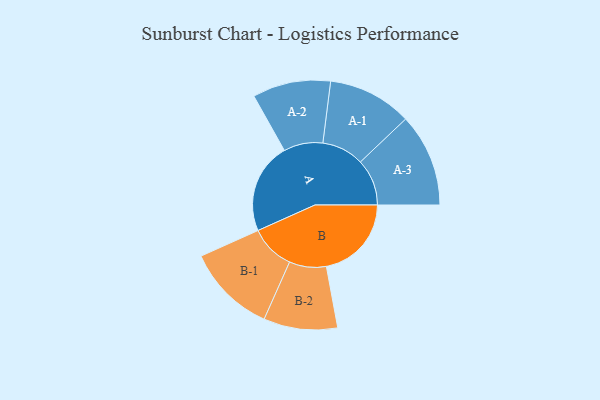
{"axis": {"x": "Segment", "y": "Value"}, "legend": ["", "A", "B"], "data": [{"x": "A", "y": 462, "type": ""}, {"x": "B", "y": 433, "type": ""}, {"x": "A-1", "y": 214, "type": "A"}, {"x": "A-2", "y": 199, "type": "A"}, {"x": "A-3", "y": 237, "type": "A"}, {"x": "B-1", "y": 228, "type": "B"}, {"x": "B-2", "y": 188, "type": "B"}]}